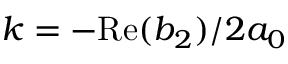
k = - \mathrm { R e } ( b _ { 2 } ) / 2 a _ { 0 }